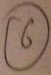
\textcircled { 6 }